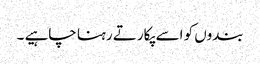
بندوں کو اسے پکارتے رہنا چاہیے ۔